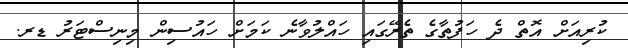
ކުރިއަށް އޮތް ދެ ހަފުތާގެ ތެރޭގައި ހައްލުވާނެ ކަމަށް ހައުސިން މިނިސްޓަރު ޑރ.